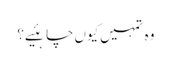
وہ تمہیں‌کیوں‌چاہئیے؟